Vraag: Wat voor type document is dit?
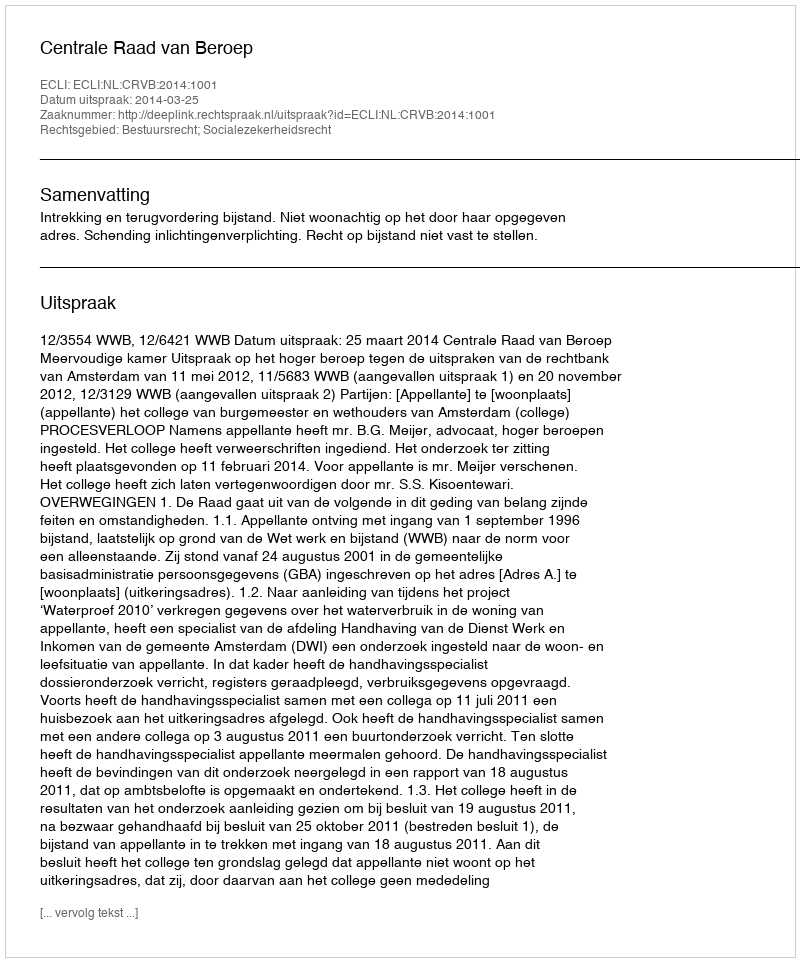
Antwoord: Uitspraak